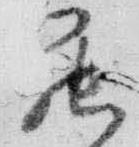
罷